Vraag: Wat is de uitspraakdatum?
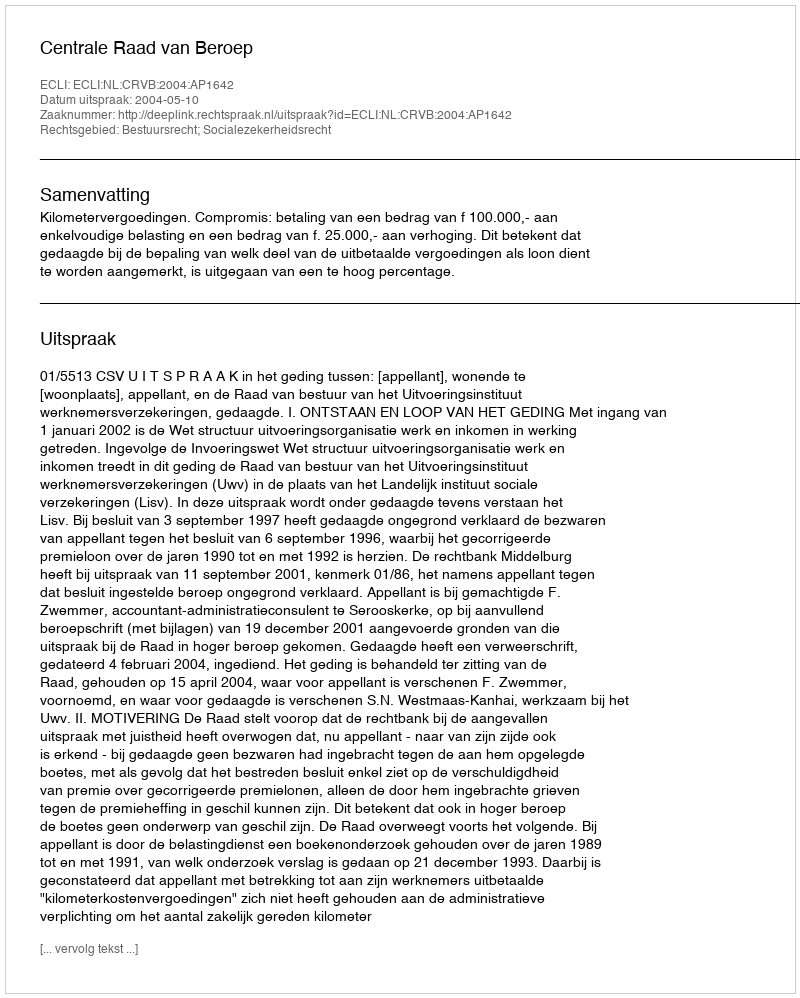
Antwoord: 2004-05-10